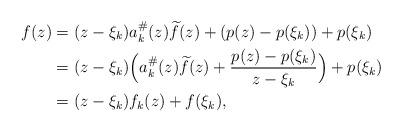
LaTeX: \begin{align*}f(z) & = (z - \xi_k) a_{k}^{\#}(z) \widetilde{f}(z) + (p(z) - p(\xi_k)) + p(\xi_k)\\& = (z - \xi_k) \Big(a_{k}^{\#}(z) \widetilde{f}(z) + \frac{p(z) - p(\xi_k)}{z - \xi_k}\Big) + p(\xi_k)\\& = (z - \xi_k) f_{k}(z) + f(\xi_k),\end{align*}